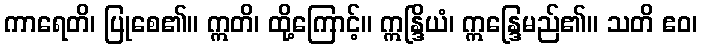
ကာရေတိ၊ ပြုစေ၏။ ဣတိ၊ ထို့ကြောင့်။ ဣန္ဒြိယံ၊ ဣန္ဒြေမည်၏။ သတိ ဧဝ၊